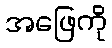
အဖြေကို